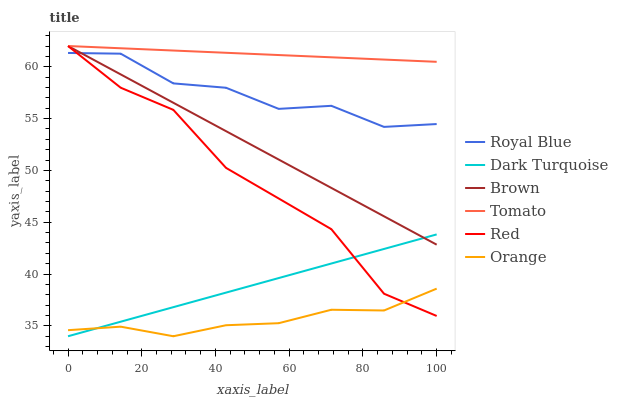
| xaxis_label | Royal Blue | Dark Turquoise | Brown | Tomato | Red | Orange |
 | --- | --- | --- | --- | --- | --- | --- |
 | 0 | 61.3 | 34 | 62 | 62 | 62 | 34.6 |
 | 14.3 | 61.3 | 35.4 | 59.3 | 61.8 | 58 | 34.9 |
 | 28.6 | 58.4 | 36.8 | 56.5 | 61.6 | 55.8 | 34 |
 | 42.9 | 58 | 38.2 | 53.8 | 61.3 | 50.2 | 35.1 |
 | 57.1 | 55.9 | 39.6 | 51 | 61.1 | 47.3 | 35.3 |
 | 71.4 | 56.2 | 41 | 48.3 | 60.9 | 44.3 | 36.6 |
 | 85.7 | 54.2 | 42.4 | 45.6 | 60.7 | 38.1 | 36.5 |
 | 100 | 54.5 | 43.8 | 42.8 | 60.5 | 36 | 38.6 |